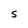
Character: 5